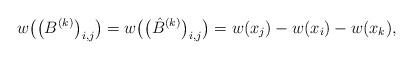
LaTeX: \begin{align*} w\big(\big(B^{(k)}\big)_{i,j}\big)=w\big(\big(\hat{B}^{(k)}\big)_{i,j}\big) =w(x_j)-w(x_i)-w(x_k), \end{align*}